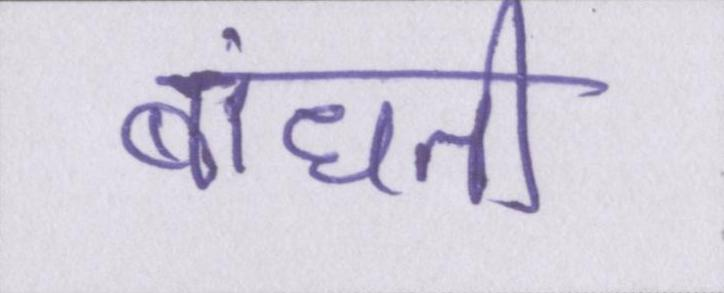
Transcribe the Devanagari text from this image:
बांधती